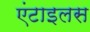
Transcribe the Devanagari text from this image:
एंटाइलस